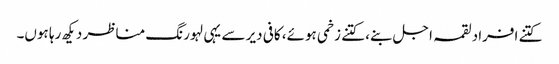
کتنے افراد لقمہ اجل بنے، کتنے زخمی ہوئے، کافی دیر سے یہی لہورنگ مناظر دیکھ رہا ہوں۔